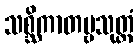
သစ္ဆိကာတဗ္ဗသုတ္တံ